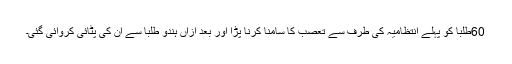
60طلبا کو پہلے انتظامیہ کی طرف سے تعصب کا سامنا کرنا پڑا اور بعد ازاں ہندو طلبا سے ان کی پٹائی کروائی گئی۔